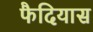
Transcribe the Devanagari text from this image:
फैदियास